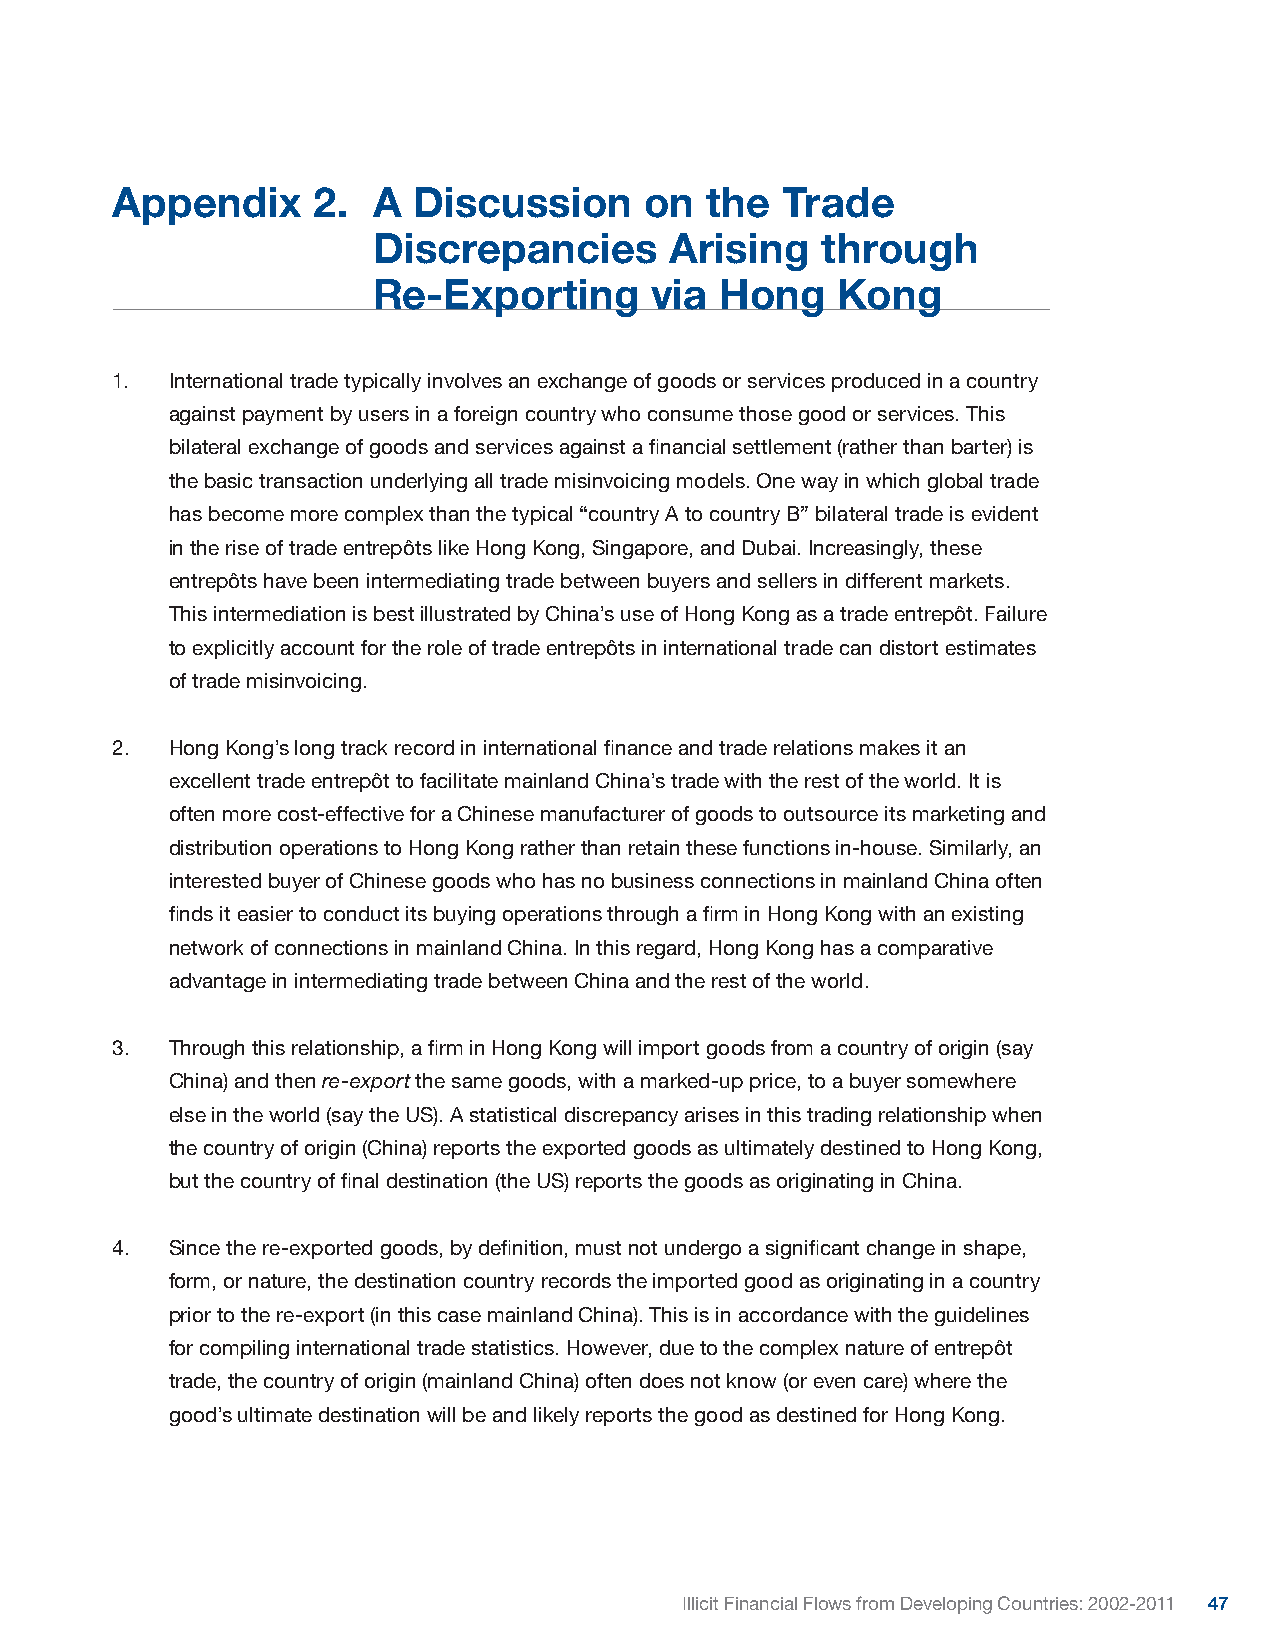
Appendix      2.  A Discussion      on  the  Trade
 Discrepancies      Arising   through
 Re-Exporting      via  Hong   Kong
 1.  International trade typically involves an exchange of goods or services produced in a country
 against payment by users in a foreign country who consume those good or services. This
 bilateral exchange of goods and services against a financial settlement (rather than barter) is
 the basic transaction underlying all trade misinvoicing models. One way in which global trade
 has become more complex than the typical “country A to country B” bilateral trade is evident
 in the rise of trade entrepôts like Hong Kong, Singapore, and Dubai. Increasingly, these
 entrepôts have been intermediating trade between buyers and sellers in different markets.
 This intermediation is best illustrated by China’s use of Hong Kong as a trade entrepôt. Failure
 to explicitly account for the role of trade entrepôts in international trade can distort estimates
 of trade misinvoicing.
 2.  Hong Kong’s long track record in international finance and trade relations makes it an
 excellent trade entrepôt to facilitate mainland China’s trade with the rest of the world. It is
 often more cost-effective for a Chinese manufacturer of goods to outsource its marketing and
 distribution operations to Hong Kong rather than retain these functions in-house. Similarly, an
 interested buyer of Chinese goods who has no business connections in mainland China often
 finds it easier to conduct its buying operations through a firm in Hong Kong with an existing
 network of connections in mainland China. In this regard, Hong Kong has a comparative
 advantage in intermediating trade between China and the rest of the world.
 3.  Through this relationship, a firm in Hong Kong will import goods from a country of origin (say
 China) and then re-export the same goods, with a marked-up price, to a buyer somewhere
 else in the world (say the US). A statistical discrepancy arises in this trading relationship when
 the country of origin (China) reports the exported goods as ultimately destined to Hong Kong,
 but the country of final destination (the US) reports the goods as originating in China.
 4.  Since the re-exported goods, by definition, must not undergo a significant change in shape,
 form, or nature, the destination country records the imported good as originating in a country
 prior to the re-export (in this case mainland China). This is in accordance with the guidelines
 for compiling international trade statistics. However, due to the complex nature of entrepôt
 trade, the country of origin (mainland China) often does not know (or even care) where the
 good’s ultimate destination will be and likely reports the good as destined for Hong Kong.
 Illicit Financial Flows from Developing Countries: 2002-2011 47